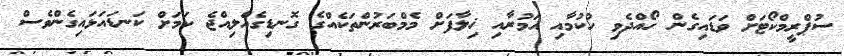
ސުޕްރީމްކޯޓަށް ވަޑައިގެން ހޯއްދެވި ހުކުމާއި އަމުރާއި ޚިލާފަށް މެމްބަރުންތަކެއްގެ ގޮނޑިގެއްލިއްޖެ ކަމަށް ކަނޑައަޅައިގެންވެސް